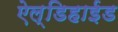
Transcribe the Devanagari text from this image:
ऐल्डिहाईड